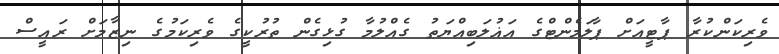
ވެރިކަންކުރާ ޕާޓީއަށް ޕާލަމެންޓްގެ އަޣުލަބިއްޔަތު ގެއްލުމާ ގުޅިގެން ތުރުކީގެ ވެރިކަމުގެ ނިޒާމަށް ރައީސް